Report of an investigation of the epidemic of malarial fever in Assam, or, kala-azar
Disease focus: Malaria
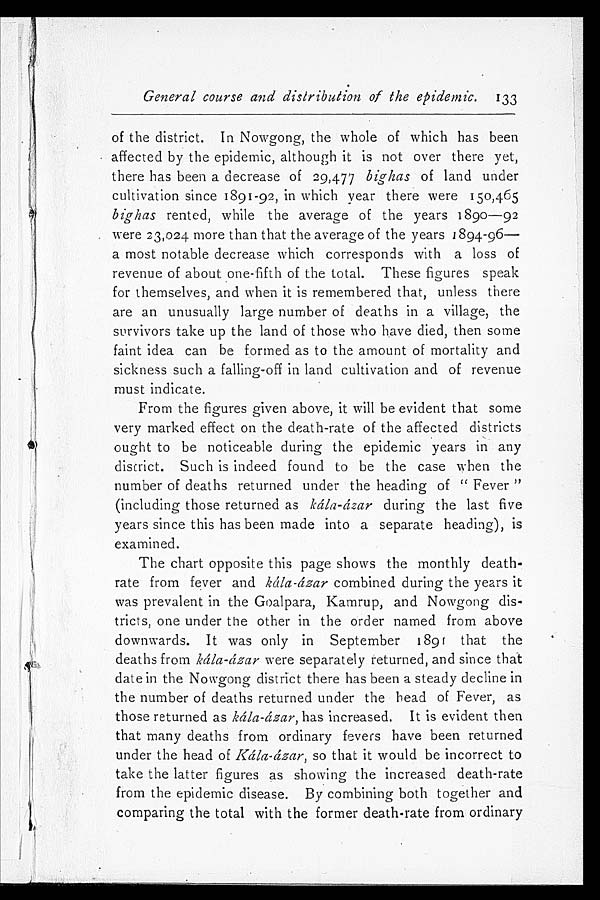
General course and distribution of the epidemic. 133
of the district. In Nowgong, the whole of which has been
affected by the epidemic, although it is not over there yet,
there has been a decrease of 29,477 bighas of land under
cultivation since 1891-92, in which year there were 150,465
bighas rented, while the average of the years 1890—92
were 23,024 more than that the average of the years 1894-96—
a most notable decrease which corresponds with a loss of
revenue of about one-fifth of the total. These figures speak
for themselves, and when it is remembered that, unless there
are an unusually large number of deaths in a village, the
survivors take up the land of those who have died, then some
faint idea can be formed as to the amount of mortality and
sickness such a falling-off in land cultivation and of revenue
must indicate.
From the figures given above, it will be evident that some
very marked effect on the death-rate of the affected districts
ought to be noticeable during the epidemic years in any
district. Such is indeed found to be the case when the
number of deaths returned under the heading of "Fever"
(including those returned as kála-ázar during the last five
years since this has been made into a separate heading), is
examined.
The chart opposite this page shows the monthly death-
rate from fever and kála-ázar combined during the years it
was prevalent in the Goalpara, Kamrup, and Nowgong dis
- t r i c t s , o n e u n d e r t h e o t h e r i n t h e o r d e r n a m e d f r o m a b o v e
downwards. It was only in September 1891 that the
deaths from kála-ázar were separately returned, and since that
date in the Nowgong district there has been a steady decline in
the number of deaths returned under the head of Fever, as
those returned as kála-ázar, has increased. It is evident then
that many deaths from ordinary fevers have been returned
under the head of Kála-ázar, so that it would be incorrect to
take the latter figures as showing the increased death-rate
from the epidemic disease. By combining both together and
comparing the total with the former death-rate from ordinary